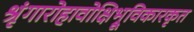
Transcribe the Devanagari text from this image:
श्रृंगारोहावोक्षिभ्रूविकारकृत